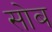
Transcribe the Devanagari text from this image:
सोब